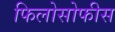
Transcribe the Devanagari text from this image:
फिलोसोफीस